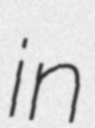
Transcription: in